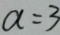
a = 3